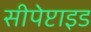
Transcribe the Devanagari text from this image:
सीपेप्टाइड